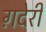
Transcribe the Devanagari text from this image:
ग़देरी